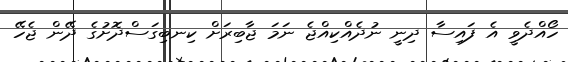
ހޯއްދެވީ އެ ފައިސާ ދިނީ ނުދެއްކިއްޖެ ނަމަ ޖާބިރަށް ކިނބިގަސްދޮށުގެ ދޭން ޖެހޭ